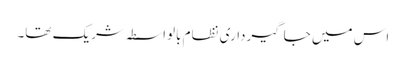
اس میں جاگیرداری نظام بالواسطہ شریک تھا۔